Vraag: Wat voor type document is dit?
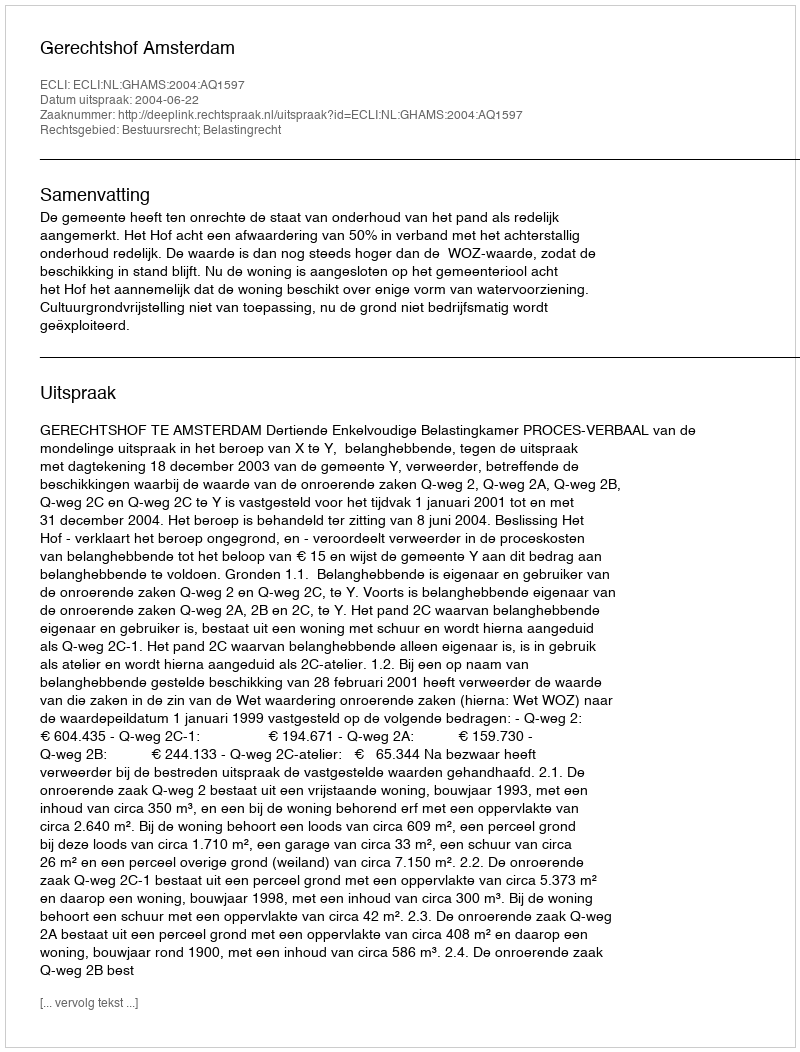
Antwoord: Uitspraak